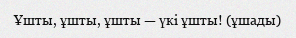
Ұшты, ұшты, ұшты — үкі ұшты! (ұшады)